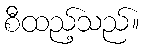
စီထည့်သည်။